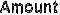
AMOUNT